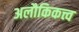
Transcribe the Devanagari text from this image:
अलौकिकत्त्व